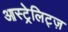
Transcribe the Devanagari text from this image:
आस्ट्रेलिट्ज़